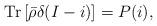
LaTeX: \begin{align*}\mathrm{Tr}\left[\bar{\rho}\delta(I - i)\right] = P(i),\end{align*}